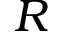
R